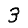
Digit: 3